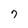
Character: 7